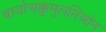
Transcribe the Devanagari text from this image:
बायोअक्कुमुलतिओन